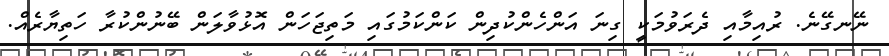
ނޭނގޭނެ. ރުއިމާއި ދެރަވުމަކީ ގިނަ އަންހެންކުދިން ކަންކަމުގައި މަތިޖަހަން އޮޅުވާލަން ބޭނުންކުރާ ހަތިޔާރެއް.